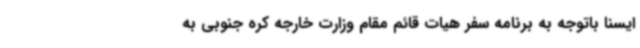
ایسنا باتوجه به برنامه سفر هیات قائم مقام وزارت خارجه کره جنوبی به